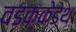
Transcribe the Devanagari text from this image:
वडक्केडथ